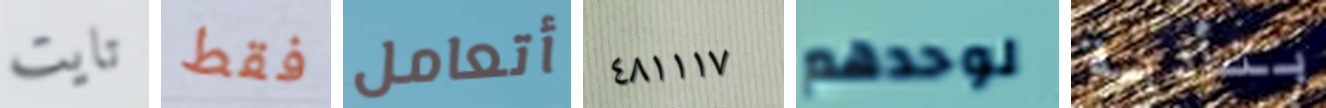
تايت فقط أتعامل ٤٨١١١٧ لوحدهم بتأدية